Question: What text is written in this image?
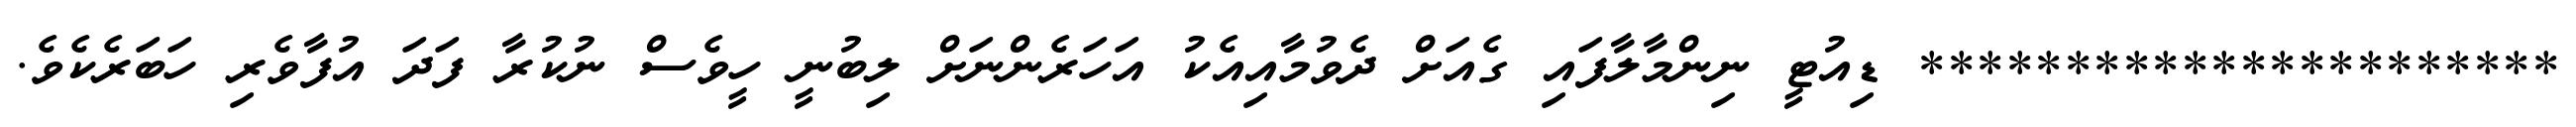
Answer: ********************** ޑިއުޓީ ނިންމާލާފައި ގެއަށް ދެވުމާއިއެކު އަހަރެންނަށް ލިބުނީ ހީވެސް ނުކުރާ ފަދަ އުފާވެރި ހަބަރެކެވެ.